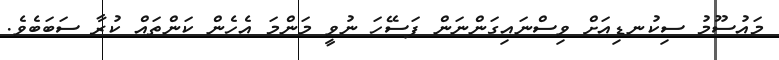
މައުސޫމު ސިކުނޑިއަށް ވިސްނައިގަންނަން ފަސޭހަ ނުވީ މަންމަ އެހެން ކަންތައް ކުރާ ސަބަބެވެ.